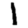
Digit: 1